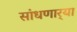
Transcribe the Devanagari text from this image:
सांधणार्‍या